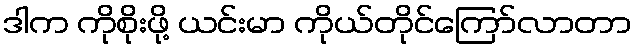
ဒါက ကိုစိုးဖို့ ယင်းမာ ကိုယ်တိုင်ကြော်လာတာ